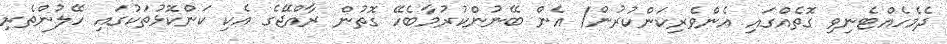
ދެމެހެއްޓެނިވި ގޮތެއްގައި އެންވެރިކަންކުރުން/ އެން ބޭނުންކުރުމާބެހޭ ގޮތުން ރާއްޖޭގެ އެކި ކަންކޮޅުތަކުގައި ހޭލުންތެރި